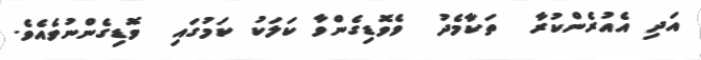
އަދި އެއުރެންކުރާ  ތަކާމެދު  ވެވޮޑިގެންވާ ކަލަކު ކަމުގައި  ވޮޑިގެންނުވެއެވެ.